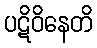
ပဋိဝိနေတိ